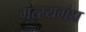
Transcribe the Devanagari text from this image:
मत्स्यगंध